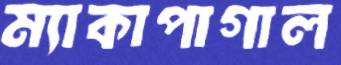
ম্যাকাপাগাল